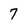
Character: 7